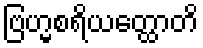
ဗြဟ္မစရိယတ္ထောတိ